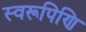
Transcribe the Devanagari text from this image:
स्वरूपिणि